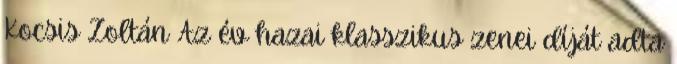
Kocsis Zoltán Az év hazai klasszikus zenei díját adta